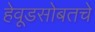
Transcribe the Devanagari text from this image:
हेवूडसोबतचे